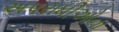
અપરાધીઓના